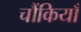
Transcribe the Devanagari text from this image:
चौंकियाँ